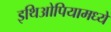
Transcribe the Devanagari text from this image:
इथिओपियामध्ये